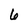
Character: 6